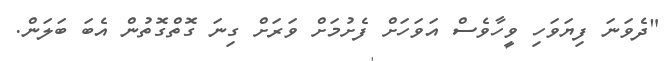
"ދެވަނަ ފިޔަވަހި ވީހާވެސް އަވަހަށް ފެށުމަށް ވަރަށް ގިނަ ގޮތްގޮތުން އެބަ ބަލަން.